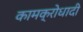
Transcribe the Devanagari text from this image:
कामक्रोधादी